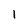
Character: i